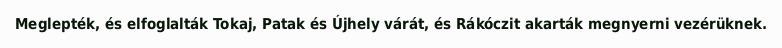
Meglepték, és elfoglalták Tokaj, Patak és Újhely várát, és Rákóczit akarták megnyerni vezérüknek.